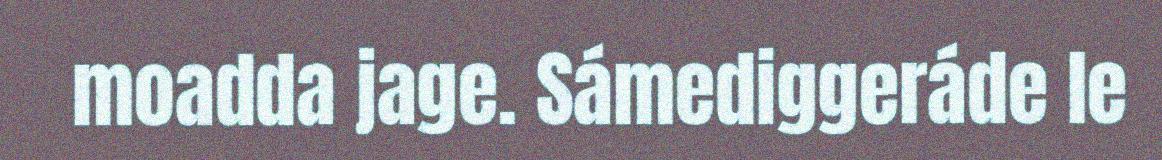
moadda jage. Sámediggeráde le